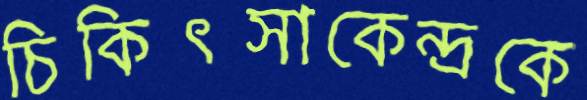
চিকিৎসাকেন্দ্রকে